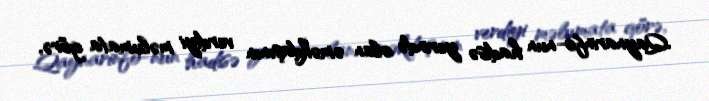
Qaynarinfo-nun hadisə yerində olan əməkdaşının verdiyi məlumata görə,